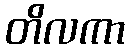
တိလကာ